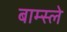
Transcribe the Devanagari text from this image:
बाम्स्ले